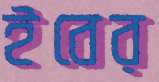
ইবের